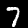
Digit: 7